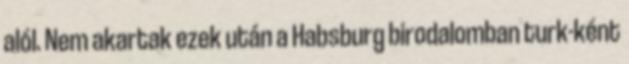
alól. Nem akartak ezek után a Habsburg birodalomban turk-ként